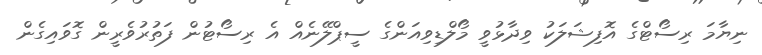
ނިޔާމަ ރިސޯޓްގެ އޮފިޝަލަކު ވިދާޅުވީ މޯލްޑިވިއަންގެ ސީޕްލޭނެއް އެ ރިސޯޓުން ފަތުރުވެރީން ގޮވައިގެން